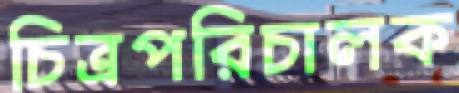
চিত্রপরিচালক